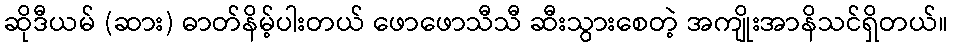
ဆိုဒီယမ် (ဆား) ဓာတ်နိမ့်ပါးတယ် ဖောဖောသီသီ ဆီးသွားစေတဲ့ အကျိုးအာနိသင်ရှိတယ်။